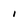
Character: i